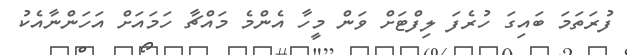
ފުރަތަމަ ބައިގަ ހުރެފަ ލިފްޓަށް ވަން މީހާ އެންމެ މައްޗާ ހަމައަށް އަހަންނާއެކު